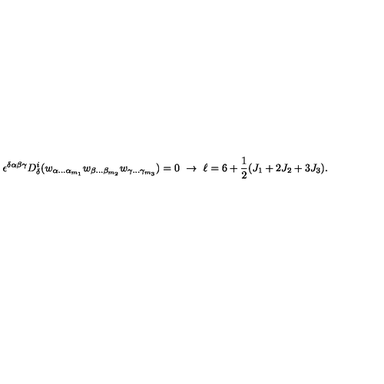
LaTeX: \epsilon ^ { \delta \alpha \beta \gamma } D _ { \delta } ^ { i } ( w _ { \alpha \ldots \alpha _ { m _ { 1 } } } w _ { \beta \ldots \beta _ { m _ { 2 } } } w _ { \gamma \ldots \gamma _ { m _ { 3 } } } ) = 0 \ \rightarrow \ \ell = 6 + { \frac { 1 } { 2 } } ( J _ { 1 } + 2 J _ { 2 } + 3 J _ { 3 } ) .